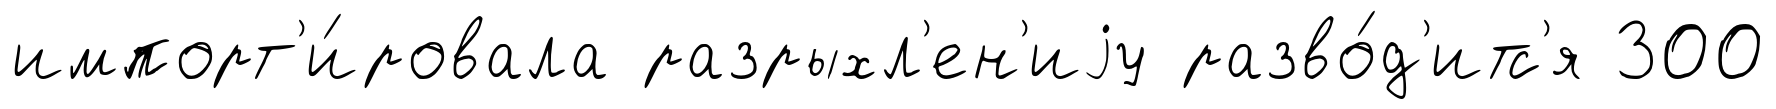
импорт'и́ровала разрыхл'ен'иjу разво́д'итс'я 300